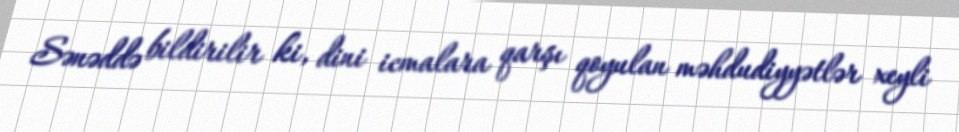
Sənəddə bildirilir ki, dini icmalara qarşı qoyulan məhdudiyyətlər xeyli